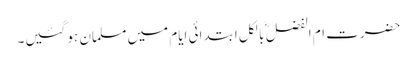
حضرت ام الفضل ؓ بالکل ابتدائی ایام میں مسلمان ہو گئیں۔